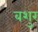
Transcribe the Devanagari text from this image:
बशुर